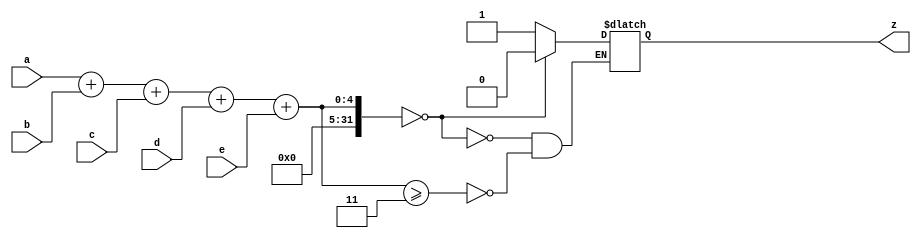
module celula_3_de_5_comp(a,b,c,d,e,z);
input a,b,c,d,e;
output reg z;

integer out;


initial
z=0;

always@(a or b or c or d or e)
begin

out = a + b + c + d + e;

if (out>=3)
	z=1;
if (out==0)
	z=0;
else 
	z=z;

	
end
endmodule